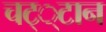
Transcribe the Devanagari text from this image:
चट््टान